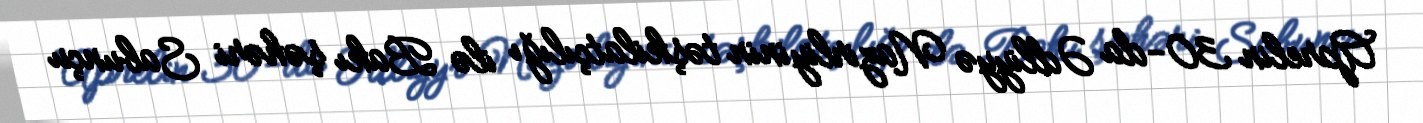
Aprelin 30-da Ədliyyə Nazirliyinin təşkilatçılığı ilə Bakı şəhəri Sabunçu